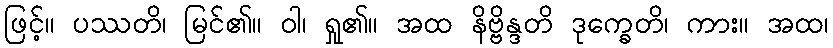
ဖြင့်။ ပဿတိ၊ မြင်၏။ ဝါ၊ ရှု၏။ အထ နိဗ္ဗိန္ဒတိ ဒုက္ခေတိ၊ ကား။ အထ၊